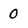
Character: 0